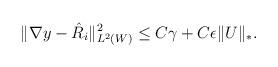
LaTeX: \begin{align*}\Vert \nabla y - \hat{R}_i\Vert^2_{L^2(W)} \le C \gamma + C\epsilon \Vert U \Vert_*.\end{align*}